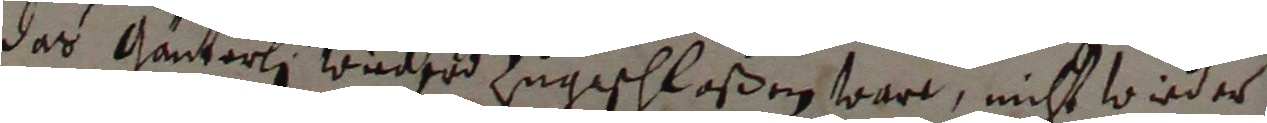
das kanterlin wider zugeschlaßen word, nicht wieder